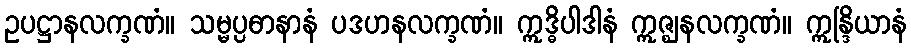
ဥပဋ္ဌာနလက္ခဏံ။ သမ္မပ္ပဓာနာနံ ပဒဟနလက္ခဏံ။ ဣဒ္ဓိပါဒါနံ ဣဇ္ဈနလက္ခဏံ။ ဣန္ဒြိယာနံ